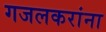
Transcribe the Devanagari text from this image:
गजलकरांना